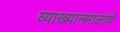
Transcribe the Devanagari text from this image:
व्याख्यानमालांचे